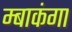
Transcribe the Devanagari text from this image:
म्बाकंगा